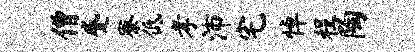
僧蹙寮低孝沛宅悼程陶